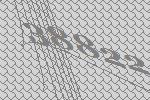
38822